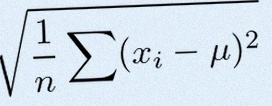
\sigma=\sqrt{\frac1n\sum(x_i-\mu)^2}